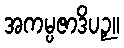
အကမ္ပဇာဒိပဉှ။